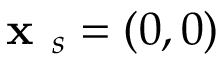
\textbf { x } _ { s } = ( 0 , 0 )